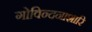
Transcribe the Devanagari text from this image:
गोविन्दनाशारि